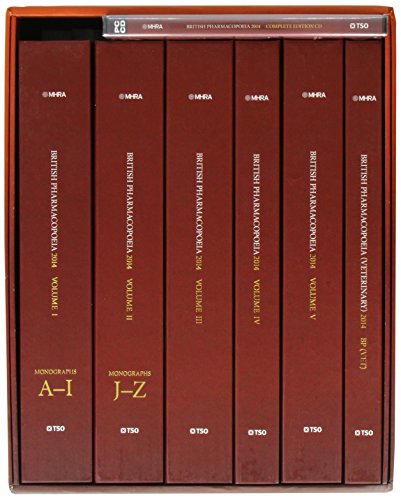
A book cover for British Pharmacopoeia 2014; Stationery Office (Great Britain); Medical Books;